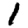
Digit: 1